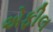
એફીલ